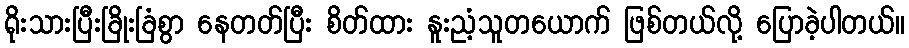
ရိုးသားပြီးခြိုးခြံစွာ နေတတ်ပြီး စိတ်ထား နူးညံ့သူတယောက် ဖြစ်တယ်လို့ ပြောခဲ့ပါတယ်။